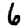
Digit: 6